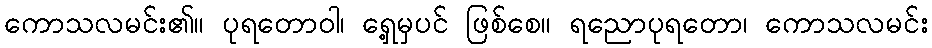
ကောသလမင်း၏။ ပုရတောဝါ၊ ရှေ့မှပင် ဖြစ်စေ။ ရညောပုရတော၊ ကောသလမင်း